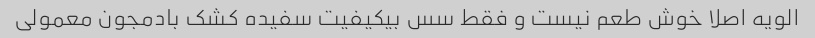
الویه اصلا خوش طعم نیست و فقط سس بیکیفیت سفیده کشک بادمجون معمولی